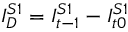
I _ { D } ^ { S 1 } = I _ { t - 1 } ^ { S 1 } - I _ { t 0 } ^ { S 1 }